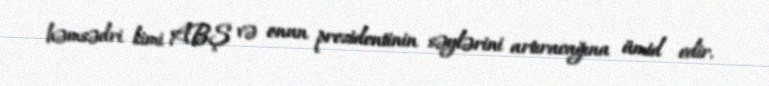
həmsədri kimi ABŞ və onun prezidentinin səylərini artıracağına ümid edir.